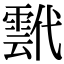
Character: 𩃷